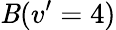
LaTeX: \mathit{B}(v^{\prime}=4)